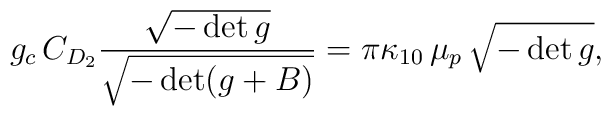
g_{c} \, C_{D_2} \frac{\sqrt{-\det g}}{\sqrt{-\det (g+B)}}= \pi \kappa_{10} \, \mu_{p} \, \sqrt{-\det g},